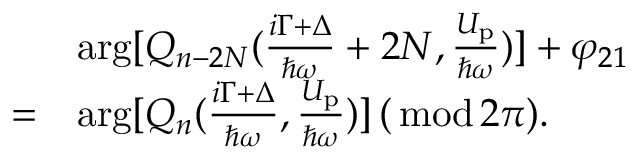
\begin{array} { r l } & { \arg [ Q _ { n - 2 N } ( \frac { i \Gamma + \Delta } { \hbar \omega } + 2 N , \frac { U _ { \mathrm { p } } } { \hbar \omega } ) ] + \varphi _ { 2 1 } } \\ { = } & { \arg [ Q _ { n } ( \frac { i \Gamma + \Delta } { \hbar \omega } , \frac { U _ { \mathrm { p } } } { \hbar \omega } ) ] \, ( { \, \mathrm { m o d \, } } 2 \pi ) . } \end{array}